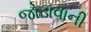
જોડાવાની